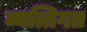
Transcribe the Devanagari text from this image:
व्यत्तिगत